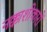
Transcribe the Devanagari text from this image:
नक्काशीकारों